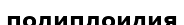
полиплоидия